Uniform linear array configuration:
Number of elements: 48
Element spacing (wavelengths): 0.25
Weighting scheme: binomial
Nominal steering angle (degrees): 60
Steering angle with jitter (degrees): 58.193
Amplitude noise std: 0.05
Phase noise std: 0.05

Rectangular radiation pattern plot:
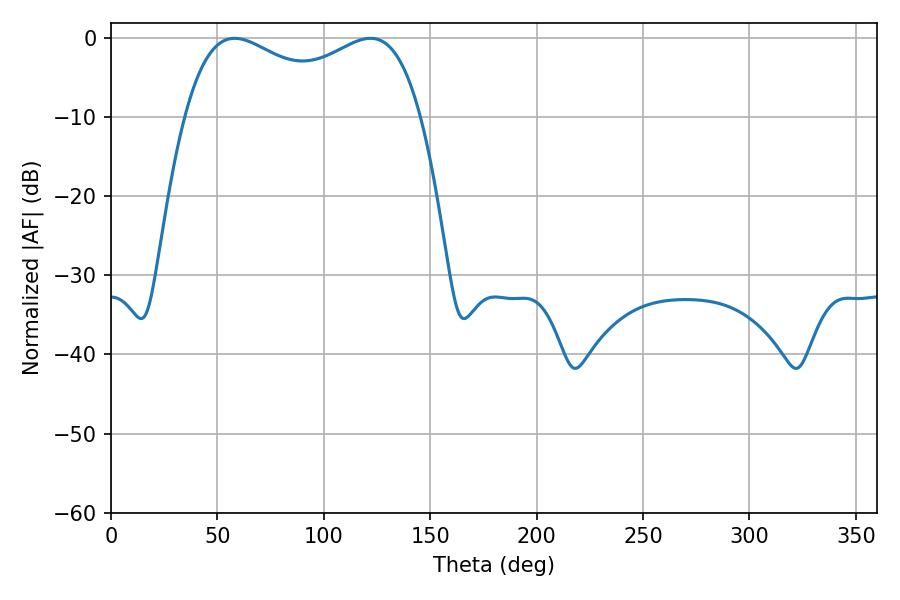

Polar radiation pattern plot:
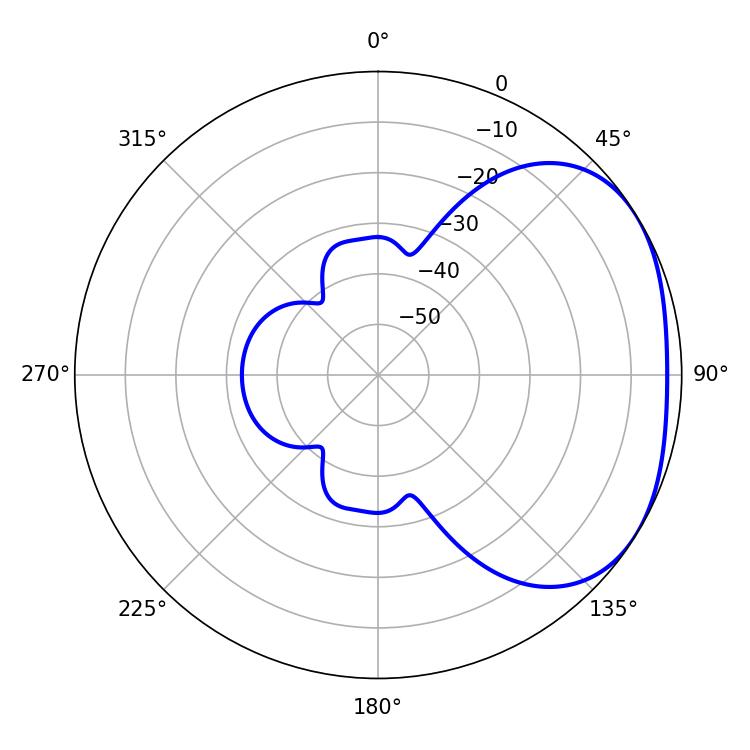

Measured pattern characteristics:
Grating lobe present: FALSE
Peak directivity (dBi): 2.445
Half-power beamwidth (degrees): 91.8
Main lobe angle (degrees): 58.14